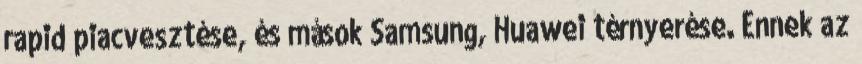
rapid piacvesztése, és mások Samsung, Huawei térnyerése. Ennek az